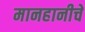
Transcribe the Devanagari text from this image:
मानहानीचे